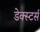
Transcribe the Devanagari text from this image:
डेक्स्टर्स